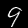
Label: 9